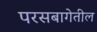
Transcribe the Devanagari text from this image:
परसबागेतील